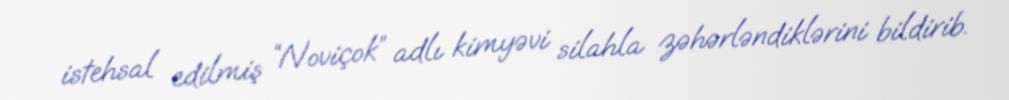
istehsal edilmiş “Noviçok” adlı kimyəvi silahla zəhərləndiklərini bildirib.